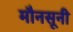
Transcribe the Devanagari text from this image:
मौनसूनी